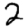
Digit: 2